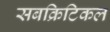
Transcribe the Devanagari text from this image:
सबक्रिटिकल